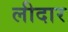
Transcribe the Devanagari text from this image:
लीदार